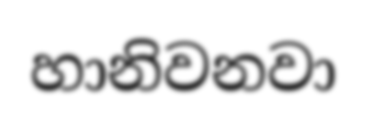
හානිවනවා